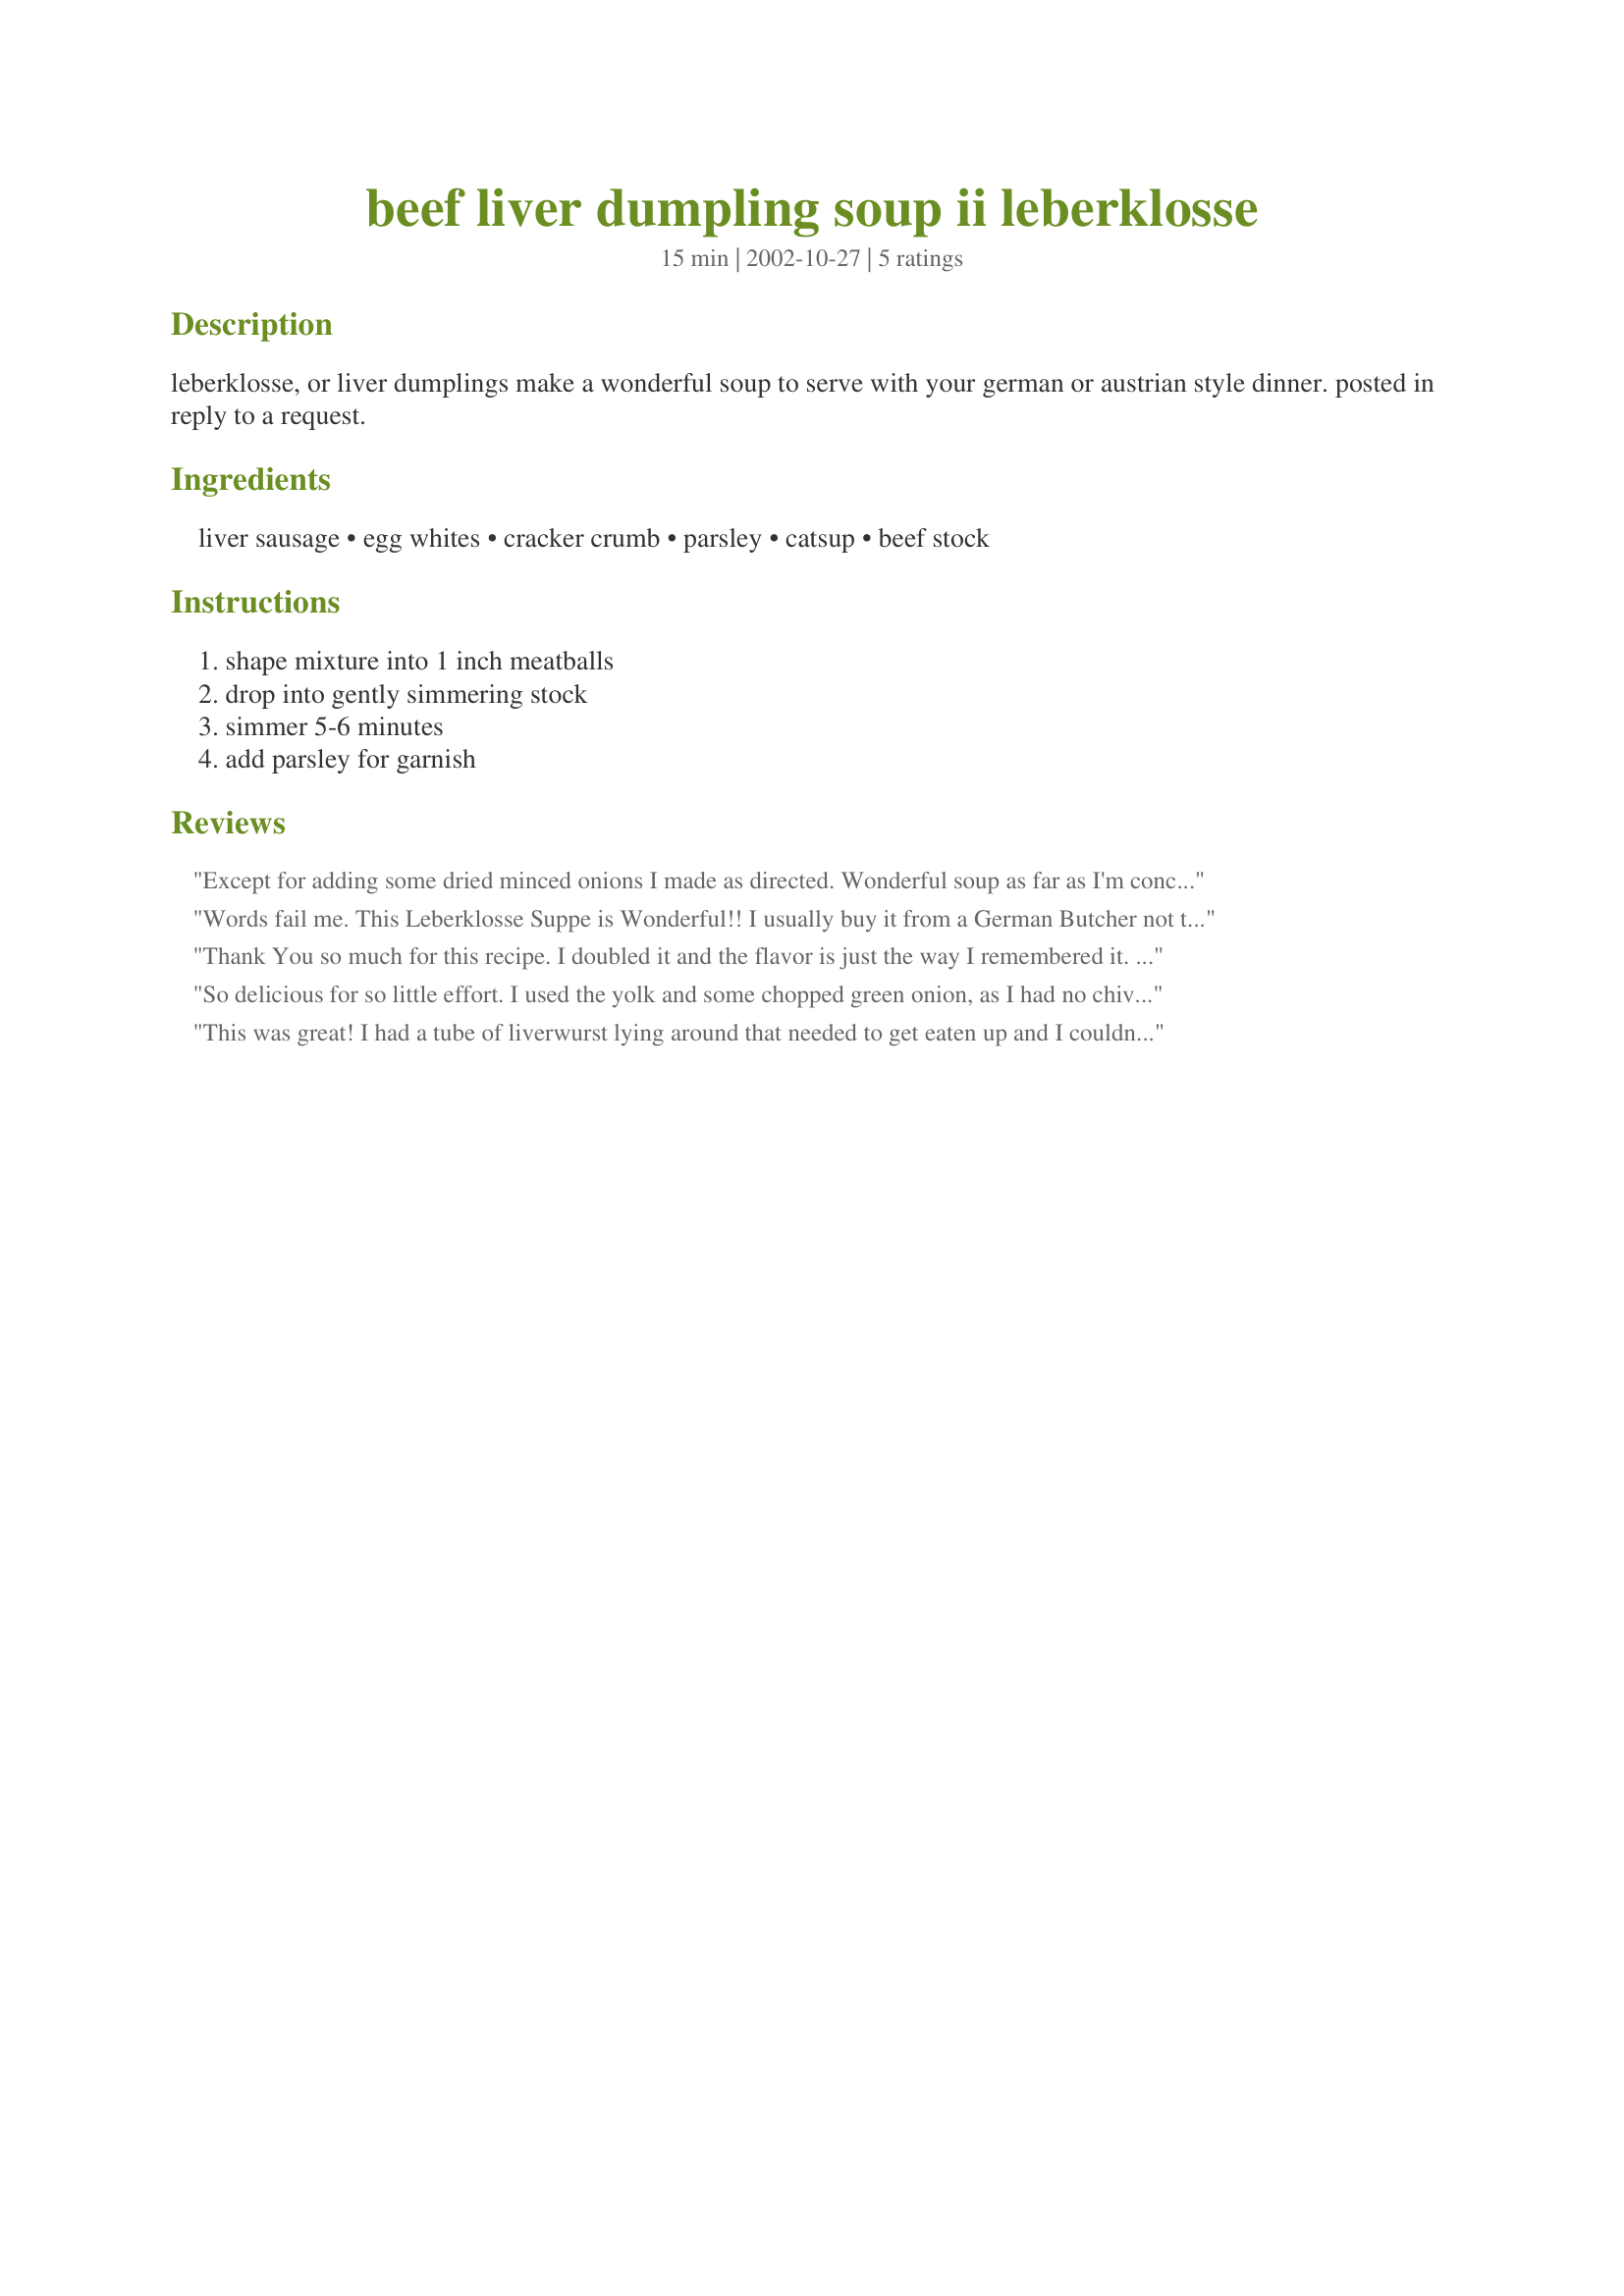
beef liver dumpling soup ii leberklosse
Preparation time: 15 minutes

leberklosse, or liver dumplings make a wonderful soup to serve with your german or austrian style dinner. posted in reply to a request.

Ingredients:
liver sausage, egg whites, cracker crumb, parsley, catsup, beef stock

Steps:
shape mixture into 1 inch meatballs, drop into gently simmering stock, simmer 5-6 minutes, add parsley for garnish

Reviews:
Except for adding some dried minced onions I made as directed. Wonderful soup as far as I'm concerned. DH wasn't wild about it, but he doesn't like liver sausage. (Go figure!) Quick, easy and tasty, what more can you ask for? Thanks for posting!
Words fail me. This Leberklosse Suppe is Wonderful!! I usually buy it from a German Butcher not too far from my house and this is so much better. I actually took a small container to the woman who owns the Butcher shop and she asked for the recipe, she was impressed and my husband who hates liver liked the recipe, too. Whole Foods in my neighborhood sells Turkey Liverwurst and I am going to try making the Klosse with that, too.
Thank You so much for this recipe. I doubled it and the flavor is just the way I remembered it. I once tried making it with fresh liver and it was not at all good. I will definitely make it again.
So delicious for so little effort. I used the yolk and some chopped green onion, as I had no chives. I also used chicken broth instead of beef, we like it lighter, and threw in a bay leaf and some peppercorns while bringing it up to a simmer, just to add a little more flavor. I made the entire recipe and this was two servings for us.
This was great! I had a tube of liverwurst lying around that needed to get eaten up and I couldn't face another boring cold liverwurst sandwich. This recipe was very easy, super fast, and tasted delicious. Even my liverwurst hating DH ate some. Thanks! I will be making this again.
